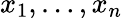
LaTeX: x_{1},\dots,x_{n}